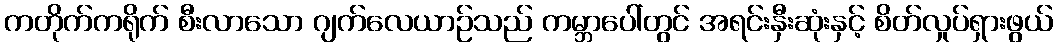
ကတိုက်ကရိုက် စီးလာသော ဂျက်လေယာဉ်သည် ကမ္ဘာပေါ်တွင် အရင်းနှီးဆုံးနှင့် စိတ်လှုပ်ရှားဖွယ်